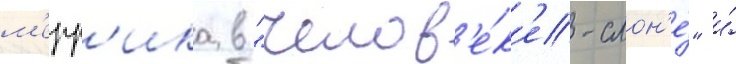
м'ерр'ика в "челов'е́к'е-слон'е́" и́